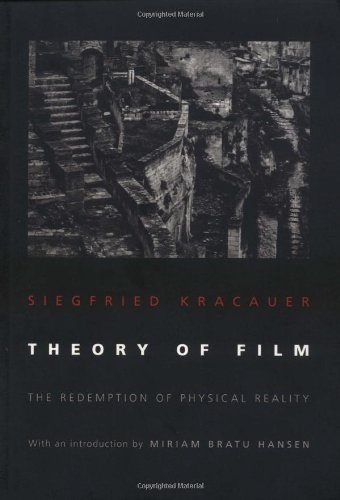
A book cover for Theory of Film; Siegfried Kracauer; Humor & Entertainment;